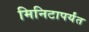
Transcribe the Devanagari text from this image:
मिनिटापर्यंत